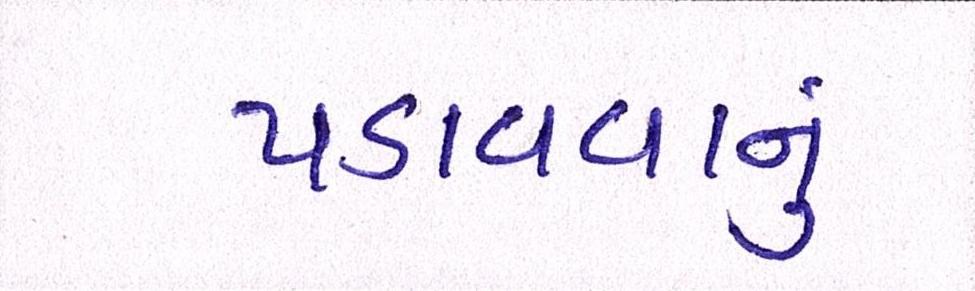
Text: પડાવવાનું